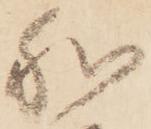
和